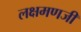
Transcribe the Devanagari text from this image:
लक्षमणजी